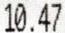
10.47